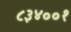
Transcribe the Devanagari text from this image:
८३४००१